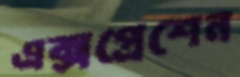
এক্সপ্রেশেন